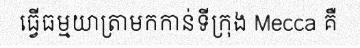
ធ្វើធម្មយាត្រាមកកាន់ទីក្រុង Mecca គឺ